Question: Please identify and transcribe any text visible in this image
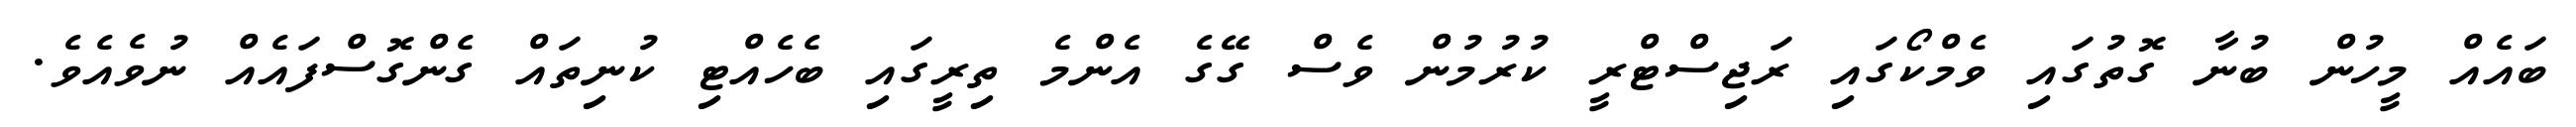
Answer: ބައެއް މީހުން ބުނާ ގޮތުގައި ވެމްކޯގައި ރަޖިސްޓްރީ ކުރުމުން ވެސް ގޭގެ އެންމެ ތިރީގައި ބެހެއްޓި ކުނިތައް ގެންގޮސްފައެއް ނުވެއެވެ.